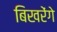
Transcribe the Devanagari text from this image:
बिखरेंगे